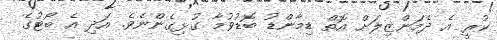
ކުރީ އެ ދެމަންޒިލަށް އޮތް ޑިމާންޑު ބޮޑުވުމާ ގުޅިގެންނެވެ. އަދި އެ ބޯޓުގެ